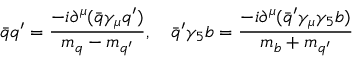
\bar { q } q ^ { \prime } = \displaystyle \frac { - i \partial ^ { \mu } ( \bar { q } \gamma _ { \mu } q ^ { \prime } ) } { m _ { q } - m _ { q ^ { \prime } } } , ~ ~ ~ \bar { q } ^ { \prime } \gamma _ { 5 } b = \displaystyle \frac { - i \partial ^ { \mu } ( \bar { q } ^ { \prime } \gamma _ { \mu } \gamma _ { 5 } b ) } { m _ { b } + m _ { q ^ { \prime } } }